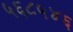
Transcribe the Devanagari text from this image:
५६८५४६